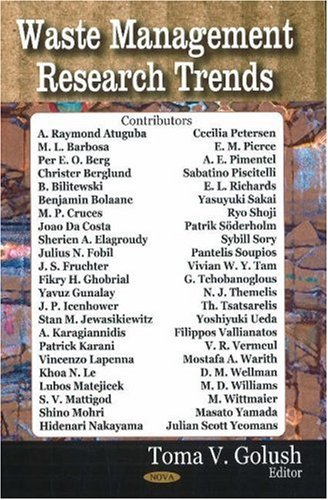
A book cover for Waste Management Research Trends; A. Raymond Atuguba; Business & Money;